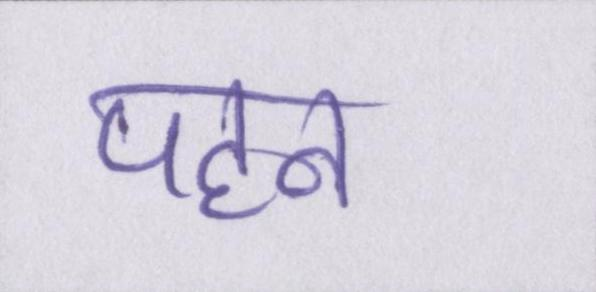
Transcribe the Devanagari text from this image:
पहन